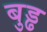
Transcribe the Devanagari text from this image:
बुड्ढ